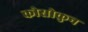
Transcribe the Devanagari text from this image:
कोसोकुन